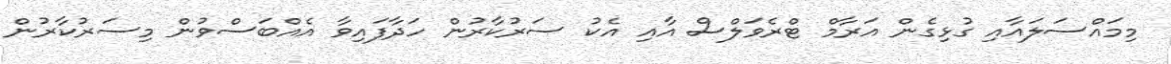
މިމައްސަލައާއި ގުޅިގެން އަރާމް ޓްރެވަލްސް އާއި އެކު ސަރުކާރުން ހަދާފައިވާ އެއްބަސްވުން މިސަރުކާރުން